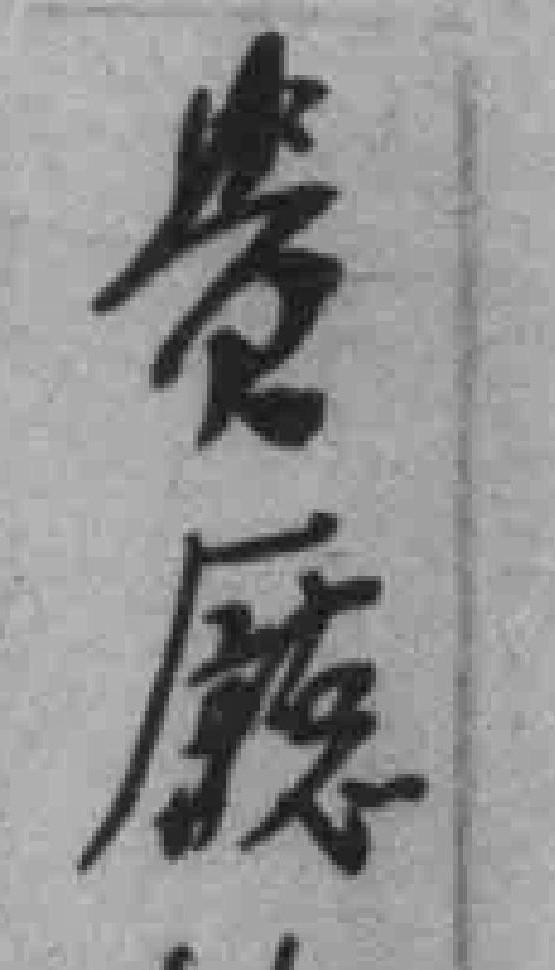
贵廰